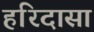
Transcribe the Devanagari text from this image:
हरिदासा